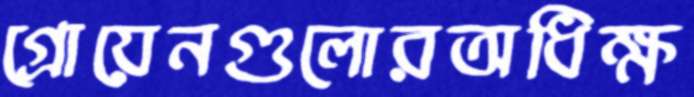
গ্রোয়েনগুলোরঅধিক্ষ